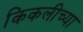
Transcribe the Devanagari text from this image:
किकलीच्या